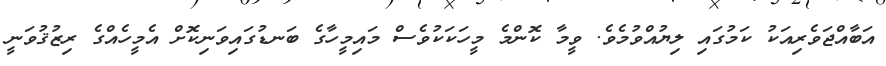
އަބާއްޖަވެރިއަކު ކަމުގައި ލިޔުއްވުމެވެ. ވީމާ ކޮންމެ މީހަކަކުވެސް މައިމީހާގެ ބަނޑުގައިވަނިކޮށް އެމީހެއްގެ ރިޒުޤުވަނީ